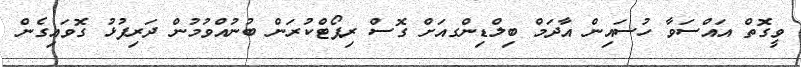
ވީގޮތް އައްސަވާ ހުސަައިން އާދަމް ބިލްޑިންގއަށް ގޮސް ރިޕޯޓްކުރަން ބުނުއްވުމުން ދަރިފުޅު ގޮވައިގެން